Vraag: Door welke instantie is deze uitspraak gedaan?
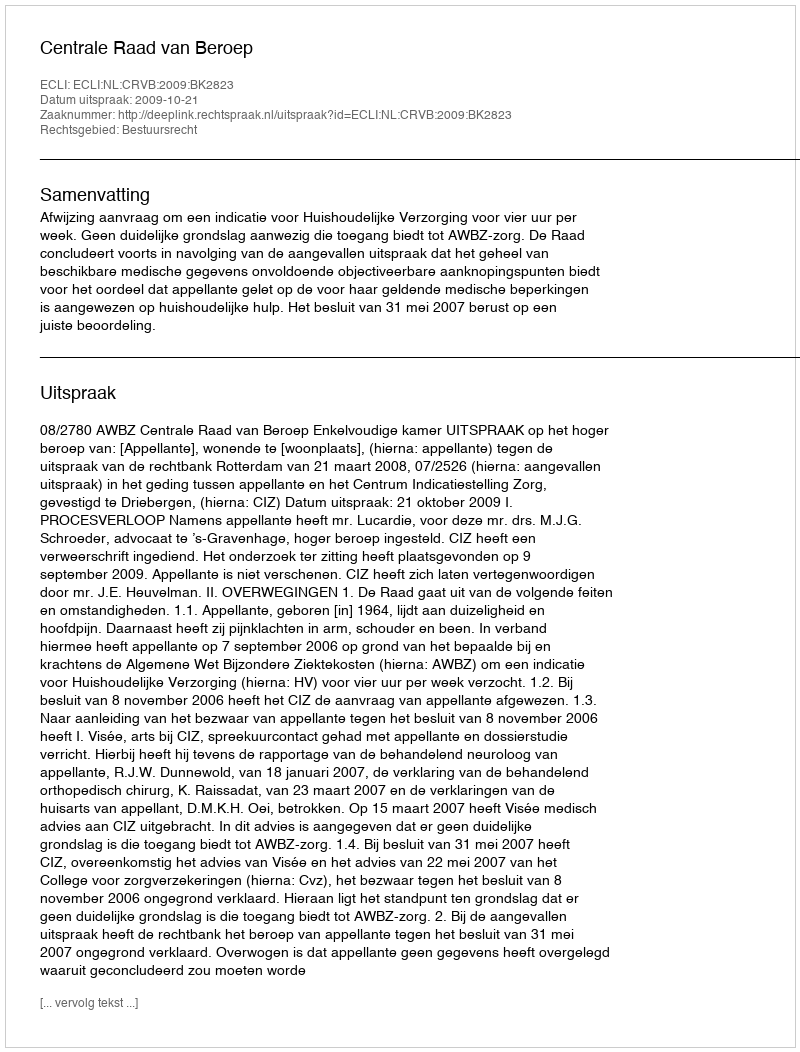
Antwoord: Centrale Raad van Beroep